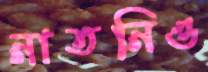
নাতনিও